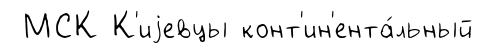
МСК К'иjевцы конт'ин'ента́льный